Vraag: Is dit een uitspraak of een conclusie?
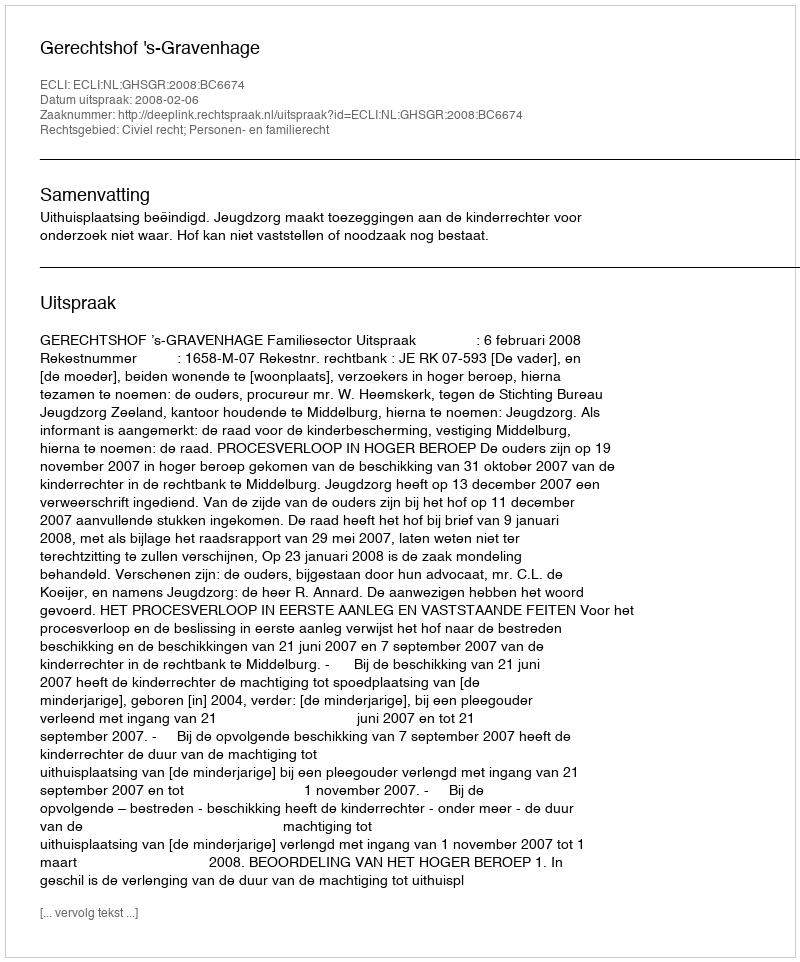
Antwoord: Uitspraak